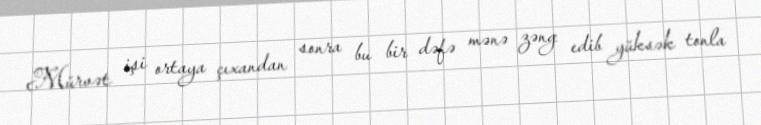
Mürvət işi ortaya çıxandan sonra bu bir dəfə mənə zəng edib yüksək tonla